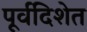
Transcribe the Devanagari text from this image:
पूर्वदिशेत